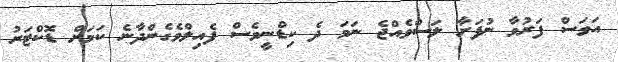
އަވަސް ފަރުވާ ނުފަށާ ލަސްވެއްޖެ ނަމަ ދެ ކިޑްނީވެސް ފެއިލްވެގެންދާނެ ކަމަށް ޑޮކްޓަރު